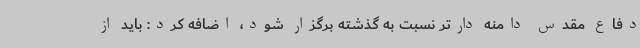
دفاع مقدس دامنه دارتر نسبت به گذشته برگزار شود، اضافه کرد: باید از